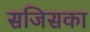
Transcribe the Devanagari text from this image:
सजिसका